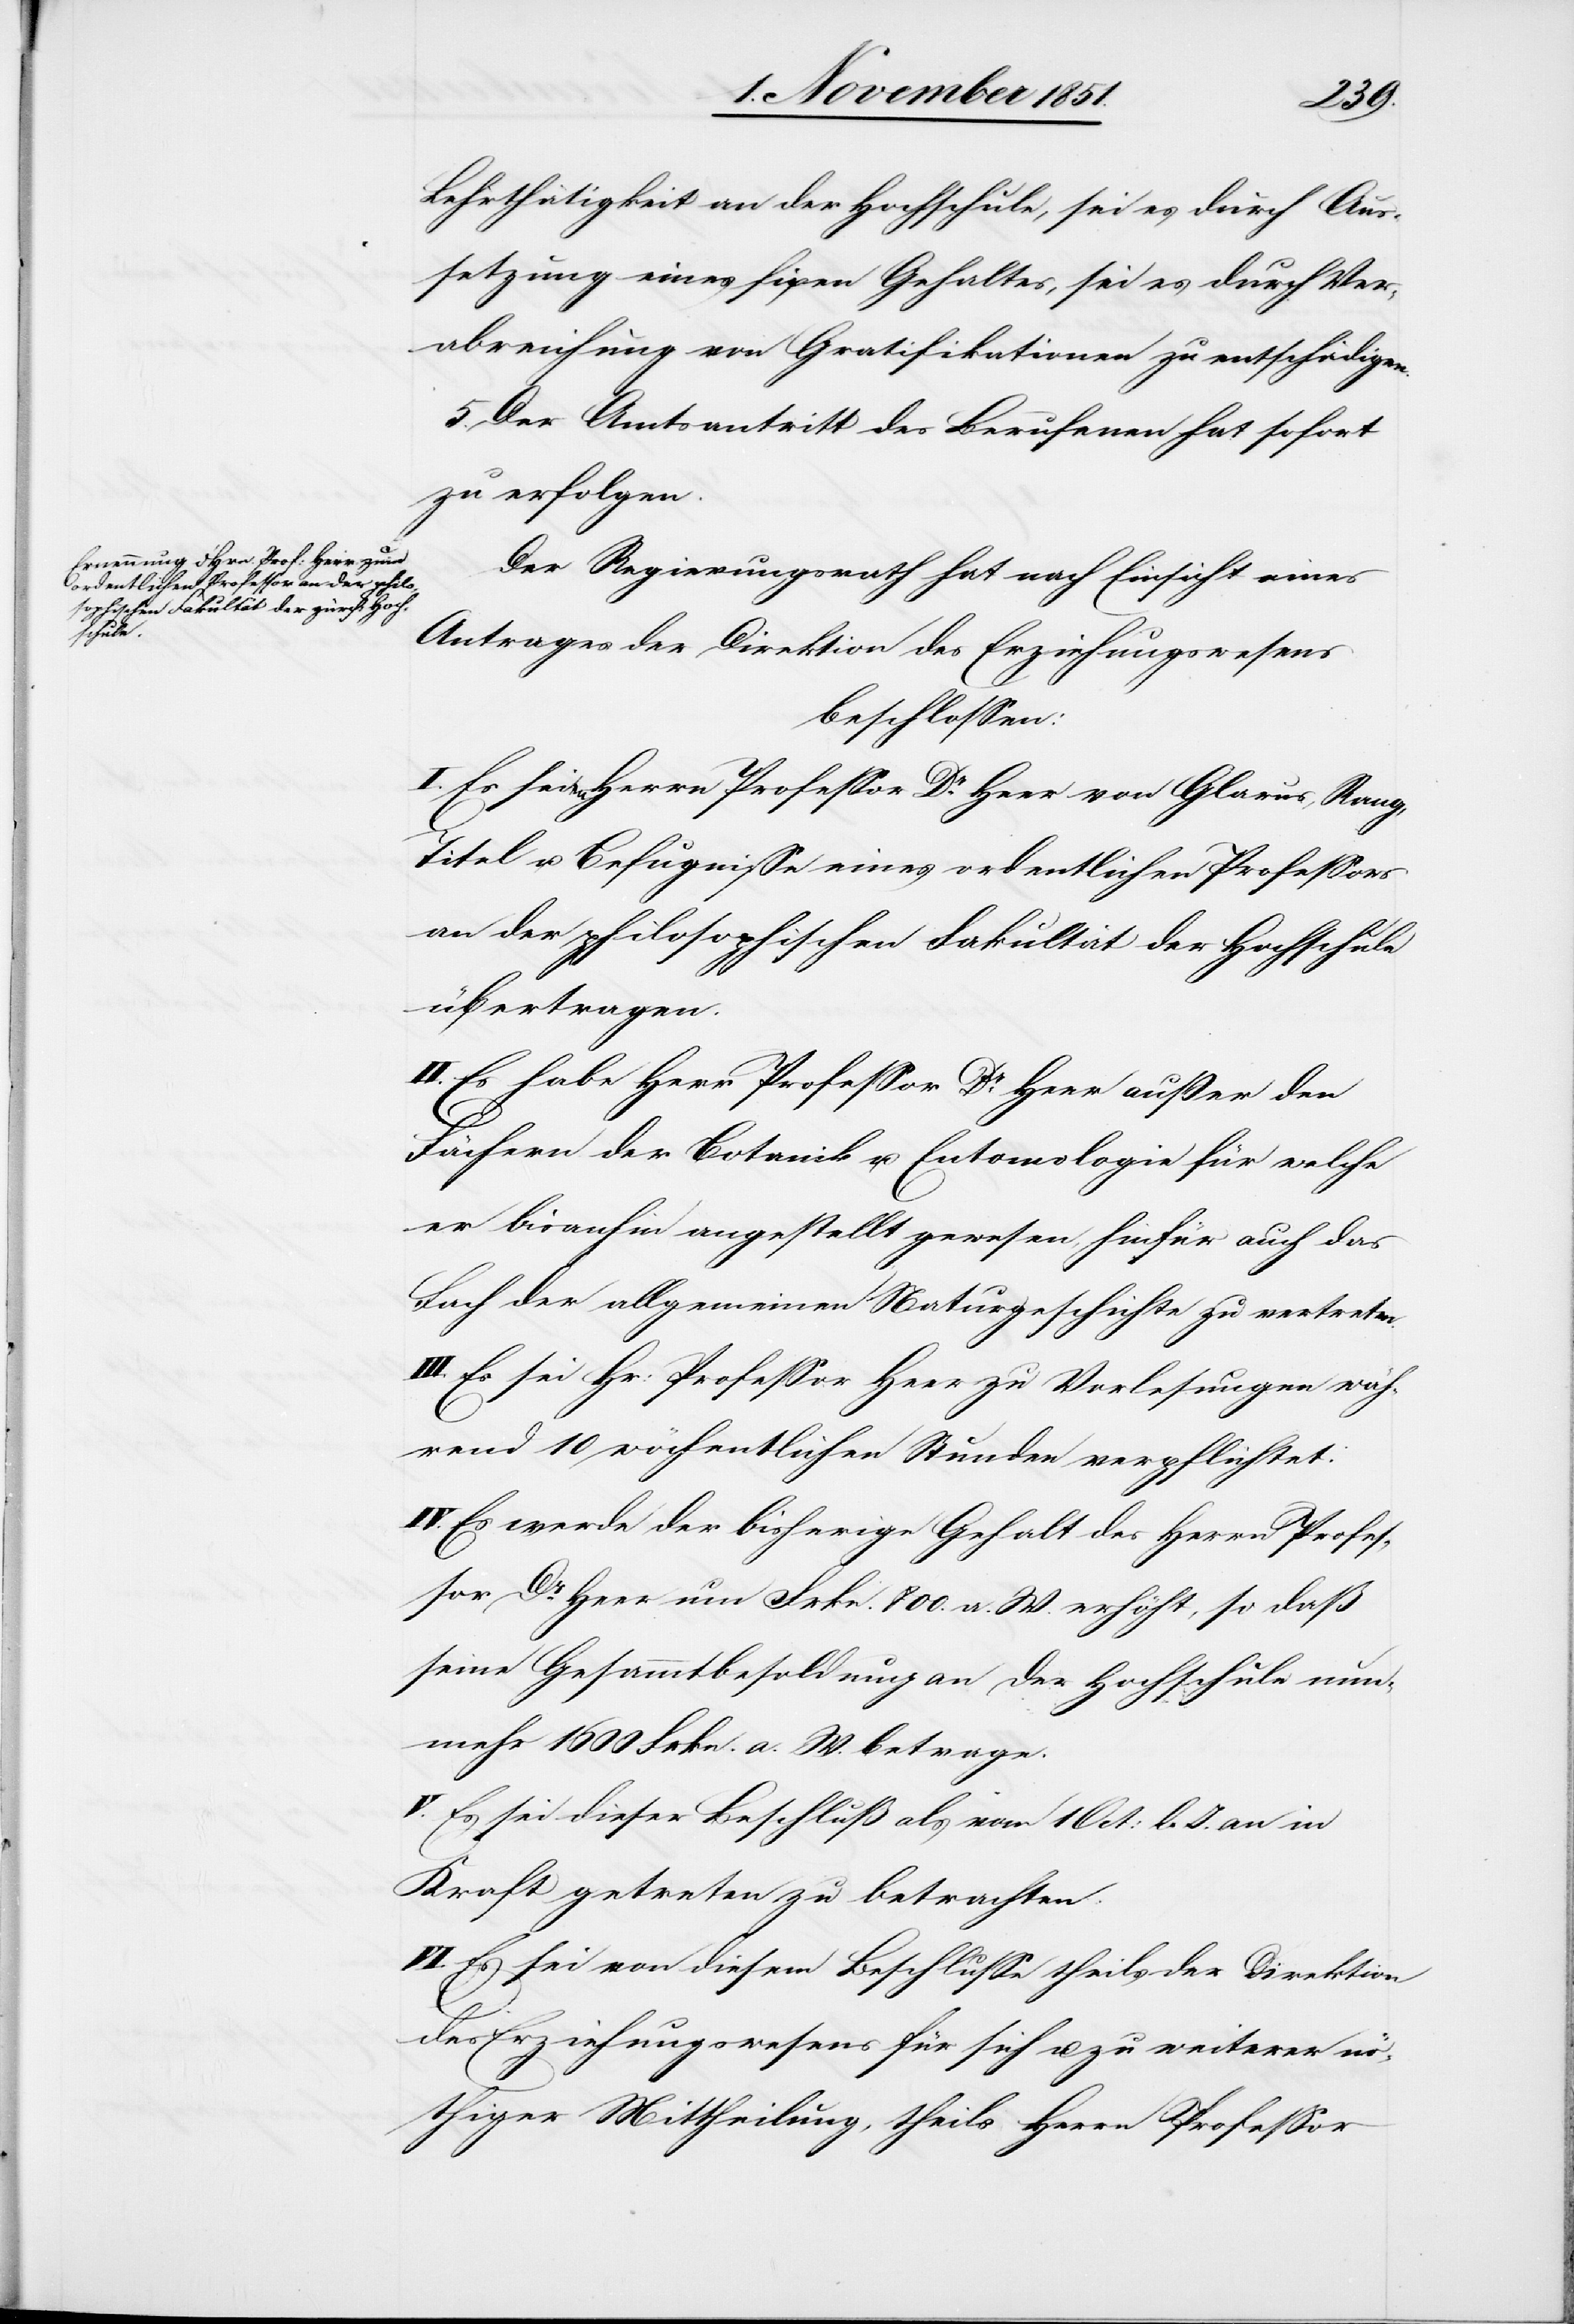
Lehrthätigkeit an der Hochschule, sei es durch Aus¬
setzung eines fixen Gehaltes, sei es durch Ver¬
abreichung von Gratifikationen zu entschädigen.
5. Der Amtsantritt des Berufenen hat sofort
zu erfolgen.
Der Regierungsrath hat nach Einsicht eines
Antrages der Direktion des Erziehungswesens
beschlossen:
I. Es seien Herrn Professor Dr Heer von Glarus, Rang,
Titel u. Befugnisse eines ordentlichen Professors
an der philosophischen Fakultät der Hochschule
übertragen.
II. Es habe Herr Professor Dr Heer außer den
Fächern der Botanik u. Entomologie für welche
er bisanhin angestellt gewesen, hinfür auch das
Fach der allgemeinen Naturgeschichte zu vertreten.
III. Es sei Hr: Professor Heer zu Vorlesungen wäh¬
rend 10 wöchentlichen Stunden verpflichtet.
IV. Es werde der bisherige Gehalt des Herrn Profes¬
sor Dr Heer um Frkn. 800. a. W. erhöht, so daß
seine Gesammtbesoldung an der Hochschule nun¬
mehr 1600 Frkn. a. W. betrage.
V. Es sei dieser Beschluß als vom 1 Oct: l. J. an in
Kraft getreten zu betrachten.
VI. Es sei von diesem Beschlusse theils der Direktion
des Erziehungswesens für sich u. zu weiterer nö¬
thiger Mittheilung, theils Herrn Professor